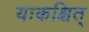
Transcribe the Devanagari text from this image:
यःकश्चित्